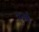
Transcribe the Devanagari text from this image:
कूर्मा